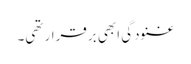
غنودگی ابھی برقرار تھی۔